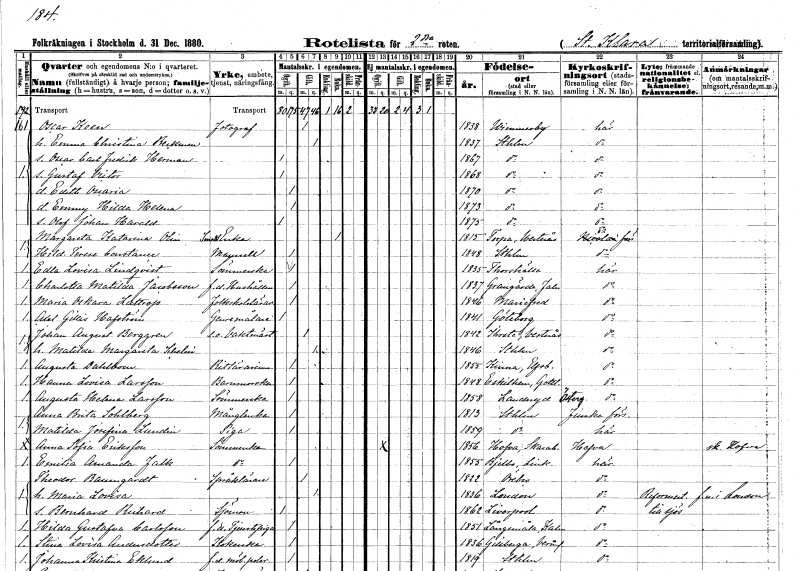
gt_parse: households: individuals: FN: Oscar
EN: Keen
YRKE: Fotograf
KON: M
CIV: G
FODAR: 1838
FODFORS: Vimmerby Kalmar län
FN: Emma Christina
EN: Beckman
KON: K
CIV: G
FODAR: 1837
FODFORS: Stockholm
FN: Oscar Carl Fredrik Herman
KON: M
CIV: O
FODAR: 1867
FODFORS: Stockholm
FN: Gustaf Victor
KON: M
CIV: O
FODAR: 1868
FODFORS: Stockholm
FN: Edith Oscaria
KON: K
CIV: O
FODAR: 1870
FODFORS: Stockholm
FN: Emmy Hilda Helena
KON: K
CIV: O
FODAR: 1873
FODFORS: Stockholm
FN: Olof Johan Harald
KON: M
CIV: O
FODAR: 1875
FODFORS: Stockholm
FN: Margareta Katarina
EN: Olin
YRKE: Smedsänka
KON: K
CIV: E
FODAR: 1815
FODFORS: Torpa Västmanlands län
FN: Hildur Terese Constance
KON: K
CIV: O
FODAR: 1848
FODFORS: Stockholm
FN: Edla Lovisa
EN: Lindqvist
YRKE: Sömmerska
KON: K
CIV: O
FODAR: 1835
FODFORS: Torshälla Södermanlands län
FN: Charlotta Matilda
EN: Jacobsson
YRKE: Hushållerska f.d.
KON: K
CIV: O
FODAR: 1837
FODFORS: Grangärde Kopparbergs län
FN: Maria Oskara
EN: Luttrop
YRKE: Folkskolelärarinna
KON: K
CIV: O
FODAR: 1846
FODFORS: Mariefred Södermanlands län
FN: Axel Gillis
EN: Hafström
YRKE: Genremålare
KON: M
CIV: O
FODAR: 1841
FODFORS: Göteborg Göteborgs- och Bohuslän
FN: Johan August
EN: Berggren
YRKE: Vaktmästare e.o.
KON: M
CIV: G
FODAR: 1842
FODFORS: Irsta Västmanlands län
FN: Matilda Margareta
EN: Schelin
KON: K
CIV: G
FODAR: 1846
FODFORS: Stockholm
FN: Augusta
EN: Dahlbom
YRKE: Ritlärarinna
KON: K
CIV: O
FODAR: 1855
FODFORS: Kinna Älvsborgs län
FN: Hanna Lovisa
EN: Larsson
YRKE: Barnmorska
KON: K
CIV: O
FODAR: 1848
FODFORS: Eskelhem Gotlands län
FN: Augusta Helena
EN: Larsson
YRKE: Sömmerska
KON: K
CIV: O
FODAR: 1858
FODFORS: Landeryd Östergötlands län
FN: Anna Brita
EN: Sohlberg
YRKE: Månglerska
KON: K
CIV: O
FODAR: 1813
FODFORS: Stockholm
FN: Matilda Josefina
EN: Lundin
YRKE: Piga
KON: K
CIV: O
FODAR: 1859
FODFORS: Stockholm
FN: Anna Sofia
EN: Eriksson
YRKE: Sömmerska
KON: K
CIV: O
FODAR: 1856
FODFORS: Hova Skaraborgs län
FN: Emilia Amanda
EN: Falk
YRKE: Sömmerska
KON: K
CIV: O
FODAR: 1855
FODFORS: Bjälbo Östergötlands län
FN: Theodor
EN: Baumgardt
YRKE: Språklärare
KON: M
CIV: G
FODAR: 1822
FODFORS: Örebro Örebro län
FN: Maria Lovisa
KON: K
CIV: G
FODAR: 1836
FN: Bernhard Richard
YRKE: Sjöman
KON: M
CIV: O
FODAR: 1862